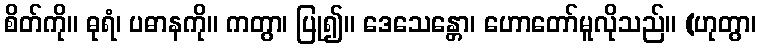
စိတ်ကို။ ဓုရံ၊ ပဓာနကို။ ကတွာ၊ ပြု၍။ ဒေသေန္တော၊ ဟောတော်မူလိုသည်။ (ဟုတွာ၊